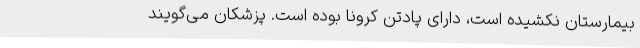
بیمارستان نکشیده است، دارای پادتن کرونا بوده است. پزشکان می‌گویند